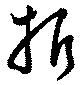
折